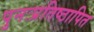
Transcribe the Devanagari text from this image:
पुनःप्रतिष्ठापित